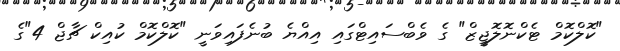
"ކޮލްކޮމް ޓެކްނޮލޮޖީޒް" ގެ ވެބްސައިޓްގައި އިއްޔެ ބުނެފައިވަނީ "ކޮލްކޮމް ކުއިކް ޗާޖް 4"ގެ